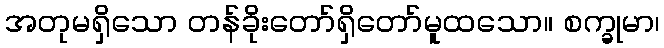
အတုမရှိသော တန်ခိုးတော်ရှိတော်မူထသော။ စက္ခုမာ၊